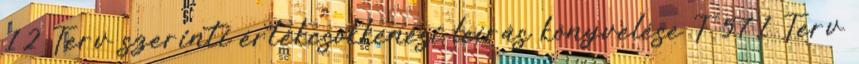
12 Terv szerinti értékcsökkenési leírás könyvelése T 571 Terv